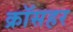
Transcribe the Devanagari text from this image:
क्रॉसहर